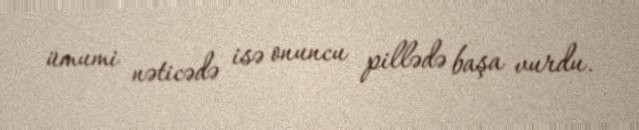
ümumi nəticədə isə onuncu pillədə başa vurdu.